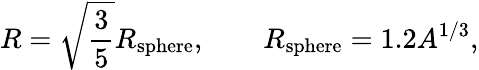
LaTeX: R=\sqrt{\frac{3}{5}}R_{\mathrm{sphere}},\qquad R_{\mathrm{sphere}}=1.2A^{1/3},